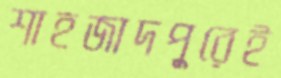
শাহজাদপুরেই